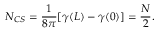
N _ { C S } = \frac { 1 } { 8 \pi } [ \gamma ( L ) - \gamma ( 0 ) ] = \frac { N } { 2 } .